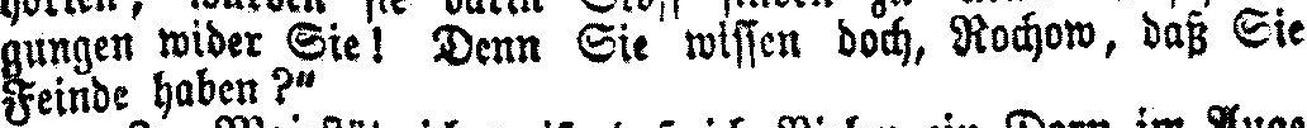
gungen wider Sie! Denn Sie wissen doch, Rochow, daß Sie